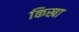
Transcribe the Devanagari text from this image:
किखा